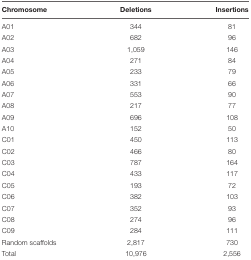
<table><thead><tr><td><b>Chromosome</b></td><td><b>Deletions</b></td><td><b>Insertions</b></td></tr></thead><tbody><tr><td>A01</td><td>344</td><td>81</td></tr><tr><td>A02</td><td>682</td><td>96</td></tr><tr><td>A03</td><td>1,059</td><td>146</td></tr><tr><td>A04</td><td>271</td><td>84</td></tr><tr><td>A05</td><td>233</td><td>79</td></tr><tr><td>A06</td><td>331</td><td>66</td></tr><tr><td>A07</td><td>553</td><td>90</td></tr><tr><td>A08</td><td>217</td><td>77</td></tr><tr><td>A09</td><td>696</td><td>108</td></tr><tr><td>A10</td><td>152</td><td>50</td></tr><tr><td>C01</td><td>450</td><td>113</td></tr><tr><td>C02</td><td>466</td><td>80</td></tr><tr><td>C03</td><td>787</td><td>164</td></tr><tr><td>C04</td><td>433</td><td>117</td></tr><tr><td>C05</td><td>193</td><td>72</td></tr><tr><td>C06</td><td>382</td><td>103</td></tr><tr><td>C07</td><td>352</td><td>93</td></tr><tr><td>C08</td><td>274</td><td>96</td></tr><tr><td>C09</td><td>284</td><td>111</td></tr><tr><td>Random scaffolds</td><td>2,817</td><td>730</td></tr><tr><td>Total</td><td>10,976</td><td>2,556</td></tr></tbody></table>